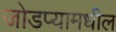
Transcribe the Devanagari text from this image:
जोडप्यामधील